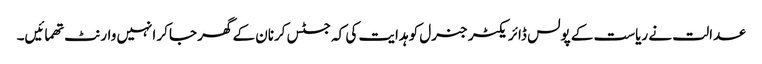
عدالت نے ریاست کے پولس ڈائریکٹر جنرل کو ہدایت کی کہ جسٹس کرنان کے گھر جاکر انہیں وارنٹ تھمائیں۔